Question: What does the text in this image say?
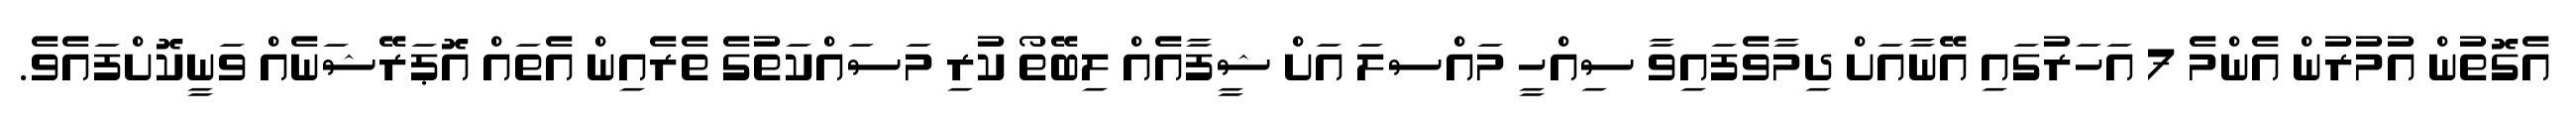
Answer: އެގޮތުން އުމުރުން އެންމެ 7 އަހަރުގައި އޭނާއަށް ދިމާވެފައިވާ ސިއްހީ މައްސލަ އަށް ޝީފާއެއް ލިބޭތޯ ކުރި މަސައްކަތުގެ ތެރެއިން އެތައް އޮޕަރޭޝަނެއް ވަނީކޮށްފައެވެ.